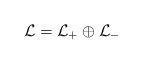
LaTeX: \begin{align*}{\cal L} = {\cal L}_+ \oplus {\cal L}_-\end{align*}